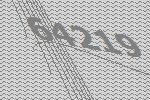
64219